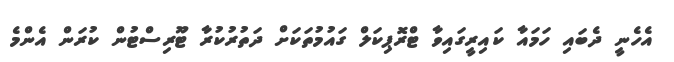
އެހެނީ ދެބައި ހަމައާ ކައިރީގައިވާ ޓްރޮޕިކަލް ގައުމުތަކަށް ދަތުރުކުރާ ޓޫރިސްޓުން ކުރަން އެންމެ